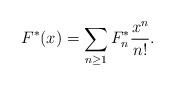
LaTeX: \begin{align*}F^*(x) =\sum\limits_{n \geq 1}F_n^*\frac{x^n}{n!}.\end{align*}